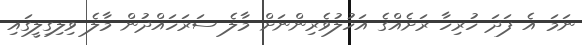
ނަމަ އެ ފަދަ ހުރިހާ ރަށެއްގެ އަހުލުވެރިންނަށް މާލެ ސަރަހައްދުން މާލެ ވިލިގިލީގައި